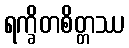
ရက္ခိတစိတ္တဿ